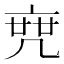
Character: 𠅟